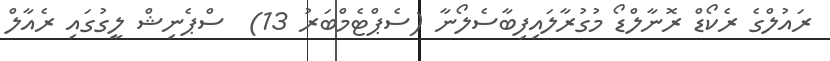
ރައުލްގެ ރެކޯޑް ރޮނާލްޑޯ މުގުރާލައިފިބާސެލޯނާ (ސެޕްޓެމްބަރު 13)  ސްޕެނިޝް ލީގުގައި ރެއާލް